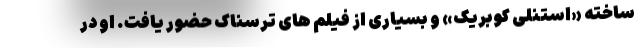
ساخته «استنلی کوبریک» و بسیاری از فیلم های ترسناک حضور یافت. او در